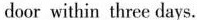
door within three days.